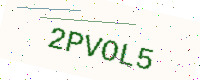
Text: 2PVOL5